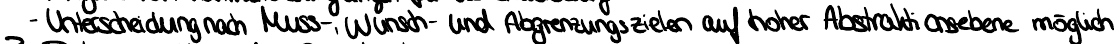
- Unterscheidung nach Muss-, Wunsch - und Abgrenzungszielen auf hoher Abstraktionsebene möglich